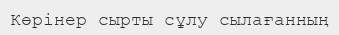
Көрінер сырты сұлу сылағанның